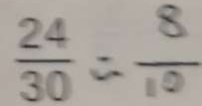
\frac { 2 4 } { 3 0 } = \frac { 8 } { 1 0 }